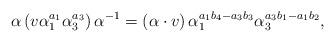
LaTeX: \begin{align*}\alpha\left(v\alpha_{1}^{a_{1}}\alpha_{3}^{a_{3}}\right)\alpha^{-1}=\left(\alpha\cdot v\right)\alpha_{1}^{a_{1}b_{4}-a_{3}b_{3}}\alpha_{3}^{a_{3}b_{1}-a_{1}b_{2}},\end{align*}